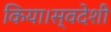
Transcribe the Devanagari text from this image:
किया।स्वदेशी